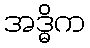
အဒ္ဓိက